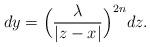
LaTeX: \begin{align*}dy=\Big( \frac{\lambda}{|z-x|} \Big)^{2n} dz.\end{align*}